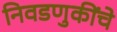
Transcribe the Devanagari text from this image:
निवडणुकींचे